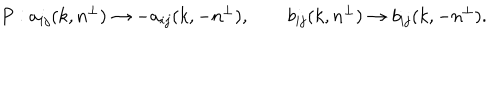
LaTeX: P : a _ { i j } ( k , n ^ { \perp } ) \rightarrow - a _ { i j } ( k , - n ^ { \perp } ) , \qquad b _ { i j } ( k , n ^ { \perp } ) \rightarrow b _ { i j } ( k , - n ^ { \perp } ) .